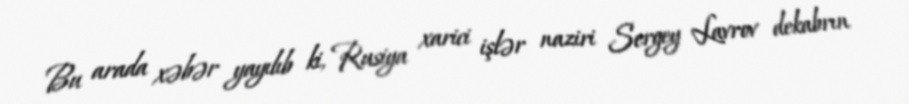
Bu arada xəbər yayılıb ki, Rusiya xarici işlər naziri Sergey Lavrov dekabrın